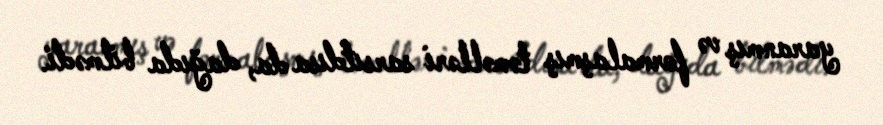
yaranmış və formalaşmış təməlləri sarsıtdısa da, dağıda bilmədi.